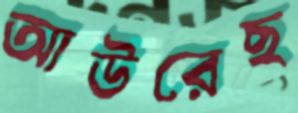
আউরেছ